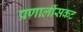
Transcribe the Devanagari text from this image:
प्रणालींसकट